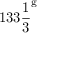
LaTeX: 1 3 3 { \frac { 1 } { 3 } } ^ { \mathrm { g } }